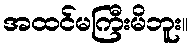
အထင်မကြီးမိဘူး။